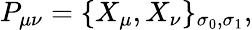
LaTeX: P_{\mu\nu}=\{ X_{\mu},X_{\nu}\} _{\sigma_{0},\sigma_{1}},